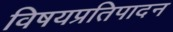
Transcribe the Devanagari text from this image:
विषयप्रतिपादन